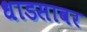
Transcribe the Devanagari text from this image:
धाडसावर